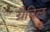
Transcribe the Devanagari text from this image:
ग्रैविल